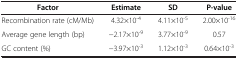
<table><thead><tr><td><b>Factor</b></td><td><b>Estimate</b></td><td><b>SD</b></td><td><b>P-value</b></td></tr></thead><tbody><tr><td>Recombination rate (cM/Mb)</td><td>4.32×10<sup>-4</sup></td><td>4.11×10<sup>-5</sup></td><td>2.00×10<sup>-16</sup></td></tr><tr><td>Average gene length (bp)</td><td>−2.17×10<sup>-9</sup></td><td>3.77×10<sup>-9</sup></td><td>0.57</td></tr><tr><td>GC content (%)</td><td>−3.97×10<sup>-3</sup></td><td>1.12×10<sup>-3</sup></td><td>0.64×10<sup>-3</sup></td></tr></tbody></table>